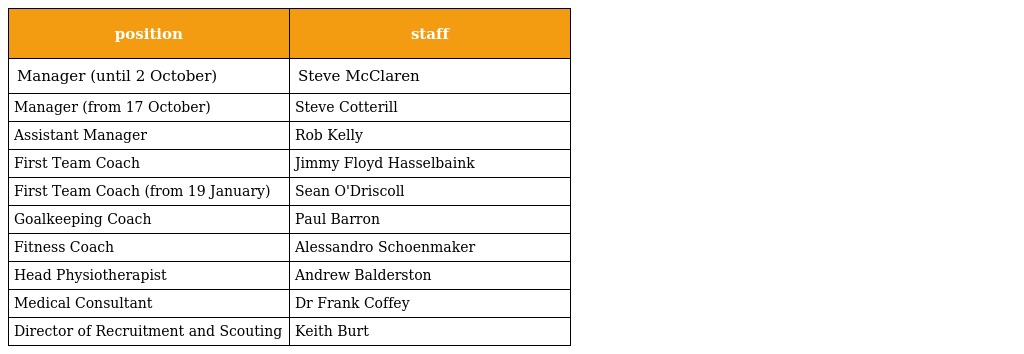
| position | staff |
 | --- | --- |
 | Manager (until 2 October) | Steve McClaren |
 | Manager (from 17 October) | Steve Cotterill |
 | Assistant Manager | Rob Kelly |
 | First Team Coach | Jimmy Floyd Hasselbaink |
 | First Team Coach (from 19 January) | Sean O'Driscoll |
 | Goalkeeping Coach | Paul Barron |
 | Fitness Coach | Alessandro Schoenmaker |
 | Head Physiotherapist | Andrew Balderston |
 | Medical Consultant | Dr Frank Coffey |
 | Director of Recruitment and Scouting | Keith Burt |